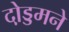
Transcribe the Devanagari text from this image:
दो़ड्डमने